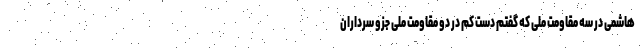
هاشمی در سه مقاومت ملی که گفتم دست کم در دو مقاومت ملی جزو سرداران